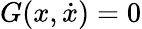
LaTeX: G(x,{\dot{x}})=0